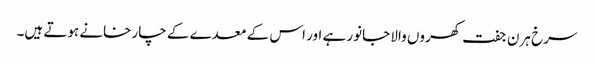
سرخ ہرن جفت کھروں والا جانور ہے اور اس کے معدے کے چار خانے ہوتے ہیں۔